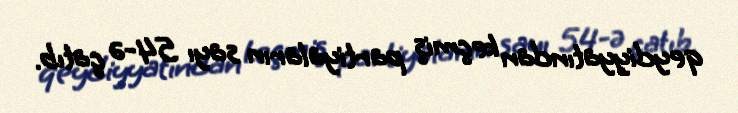
qeydiyyatından keçmiş partiyaların sayı 54-ə çatıb.